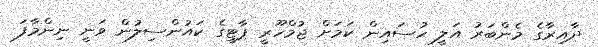
ދާއިރާގެ މެންބަރު އަލީ ހުސައިން ކަމަށް ޖުމްހޫރީ ޕާޓީގެ ކައުންސިލުން ވަނީ ނިންމާފަ